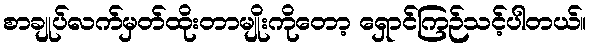
စာချုပ်လက်မှတ်ထိုးတာမျိုးကိုတော့ ရှောင်ကြဉ်သင့်ပါတယ်။